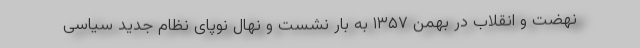
نهضت و انقلاب در بهمن ۱۳۵۷ به بار نشست و نهال نوپای نظام جدید سیاسی